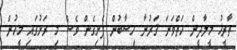
ތާރީޚު މީލާދީން ހަތްވަނަ ޤަރުނާ ހިސާބުން ފެށިގެން ވެސް މި ރަށުގައި މީހުން